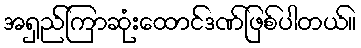
အရှည်ကြာဆုံးထောင်ဒဏ်ဖြစ်ပါတယ်။